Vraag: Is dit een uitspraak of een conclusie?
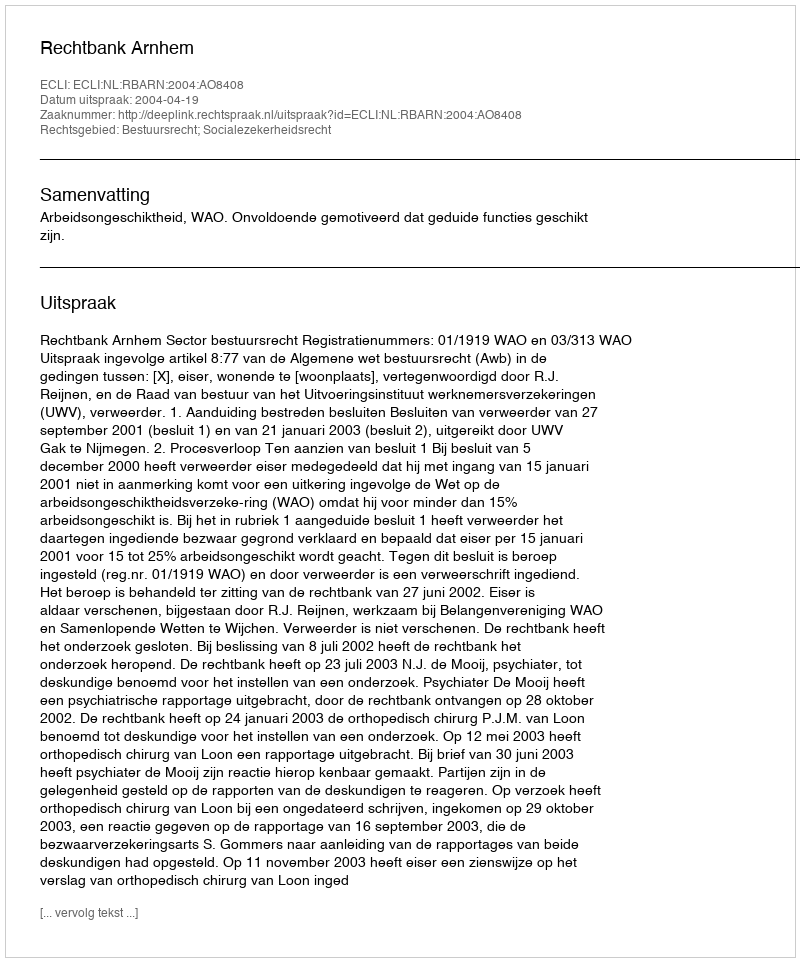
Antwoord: Uitspraak